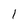
Character: I